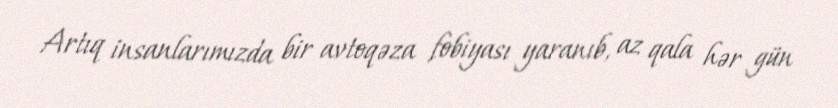
Artıq insanlarımızda bir avtoqəza fobiyası yaranıb, az qala hər gün